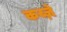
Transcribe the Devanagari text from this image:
कब्‍ज़े